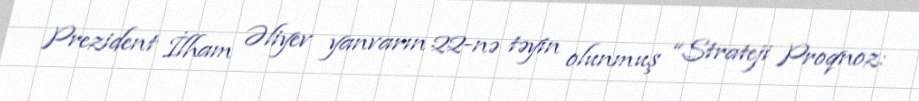
Prezident İlham Əliyev yanvarın 22-nə təyin olunmuş “Strateji Proqnoz: